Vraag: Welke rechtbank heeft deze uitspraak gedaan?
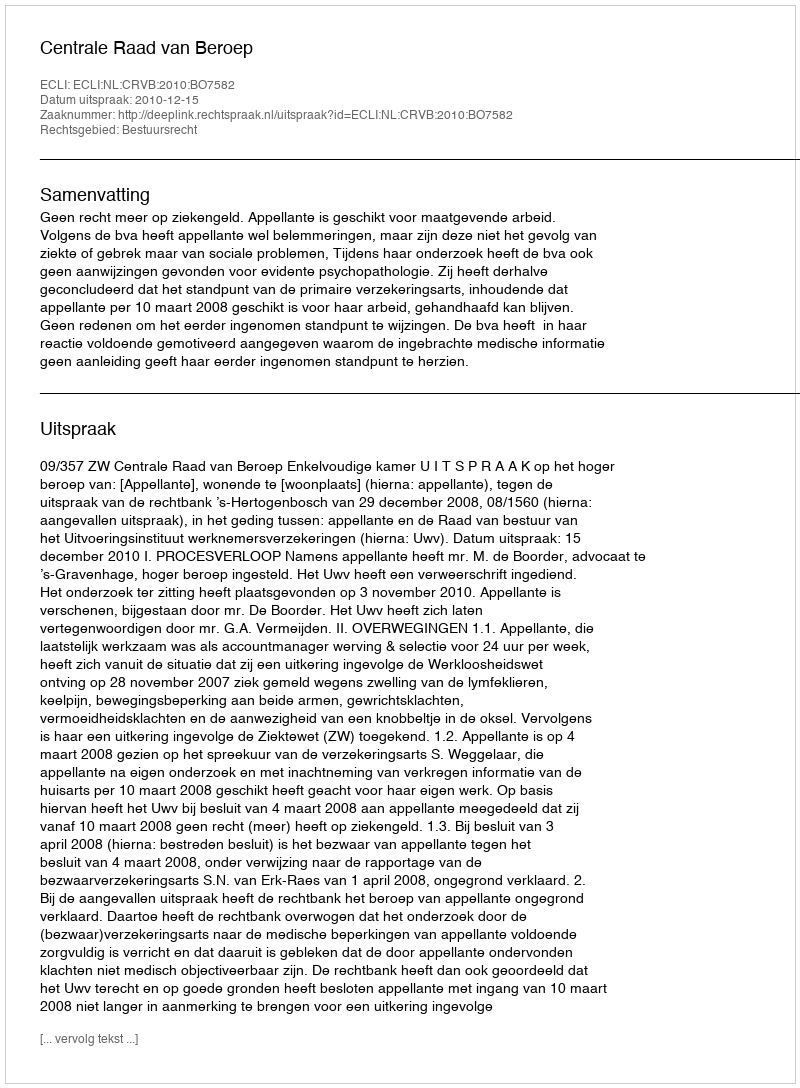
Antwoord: Centrale Raad van Beroep